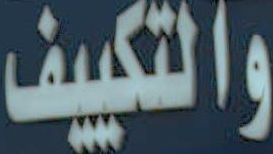
والتكييف